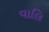
વાલિ